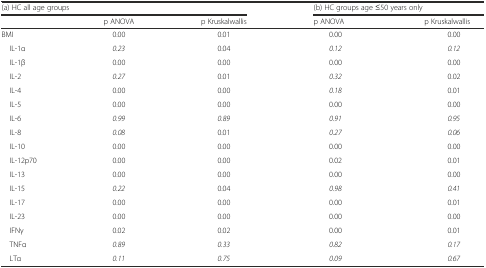
<table><thead><tr><td colspan="3"><b>(a) HC all age groups</b></td><td colspan="2"><b>(b) HC groups age ≤50 years only</b></td></tr><tr><td></td><td><b>p ANOVA</b></td><td><b>p Kruskalwallis</b></td><td><b>p ANOVA</b></td><td><b>p Kruskalwallis</b></td></tr></thead><tbody><tr><td>BMI</td><td>0.00</td><td>0.01</td><td>0.00</td><td>0.00</td></tr><tr><td> IL-1α</td><td><i>0.23</i></td><td>0.04</td><td><i>0.12</i></td><td><i>0.12</i></td></tr><tr><td> IL-1β</td><td>0.00</td><td>0.00</td><td>0.00</td><td>0.00</td></tr><tr><td> IL-2</td><td><i>0.27</i></td><td>0.01</td><td><i>0.32</i></td><td>0.02</td></tr><tr><td> IL-4</td><td>0.00</td><td>0.00</td><td><i>0.18</i></td><td>0.01</td></tr><tr><td> IL-5</td><td>0.00</td><td>0.00</td><td>0.00</td><td>0.00</td></tr><tr><td> IL-6</td><td><i>0.99</i></td><td><i>0.89</i></td><td><i>0.91</i></td><td><i>0.95</i></td></tr><tr><td> IL-8</td><td><i>0.08</i></td><td>0.01</td><td><i>0.27</i></td><td><i>0.06</i></td></tr><tr><td> IL-10</td><td>0.00</td><td>0.00</td><td>0.00</td><td>0.00</td></tr><tr><td> IL-12p70</td><td>0.00</td><td>0.00</td><td>0.02</td><td>0.01</td></tr><tr><td> IL-13</td><td>0.00</td><td>0.00</td><td>0.00</td><td>0.00</td></tr><tr><td> IL-15</td><td><i>0.22</i></td><td>0.04</td><td><i>0.98</i></td><td><i>0.41</i></td></tr><tr><td> IL-17</td><td>0.00</td><td>0.00</td><td>0.00</td><td>0.01</td></tr><tr><td> IL-23</td><td>0.00</td><td>0.00</td><td>0.00</td><td>0.00</td></tr><tr><td> IFNγ</td><td>0.02</td><td>0.02</td><td>0.00</td><td>0.01</td></tr><tr><td> TNFα</td><td><i>0.89</i></td><td><i>0.33</i></td><td><i>0.82</i></td><td><i>0.17</i></td></tr><tr><td> LTα</td><td><i>0.11</i></td><td><i>0.75</i></td><td><i>0.09</i></td><td><i>0.67</i></td></tr></tbody></table>